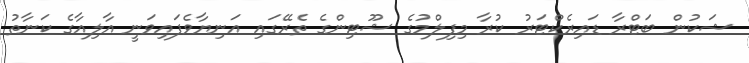
ޝަކުން ބަޓްރާ ޑައިރެކްޓަރު ކުރާ މިފިލްމުގެ ޝޫޓިންގެ ތެރޭގައި އަނިޔާވެފައިވަނީ އާލިއާގެ ކަނާތު